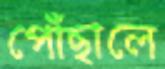
পোঁছালে